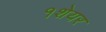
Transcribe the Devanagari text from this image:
१शेयर